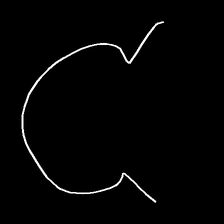
Glyph: weave